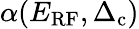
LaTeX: \alpha(E_{\mathrm{RF}},\Delta_{\mathrm{c}})